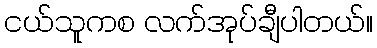
ငယ်သူကစ လက်အုပ်ချီပါတယ်။